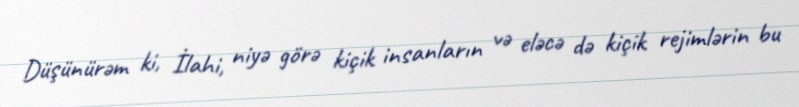
Düşünürəm ki, İlahi, niyə görə kiçik insanların və eləcə də kiçik rejimlərin bu